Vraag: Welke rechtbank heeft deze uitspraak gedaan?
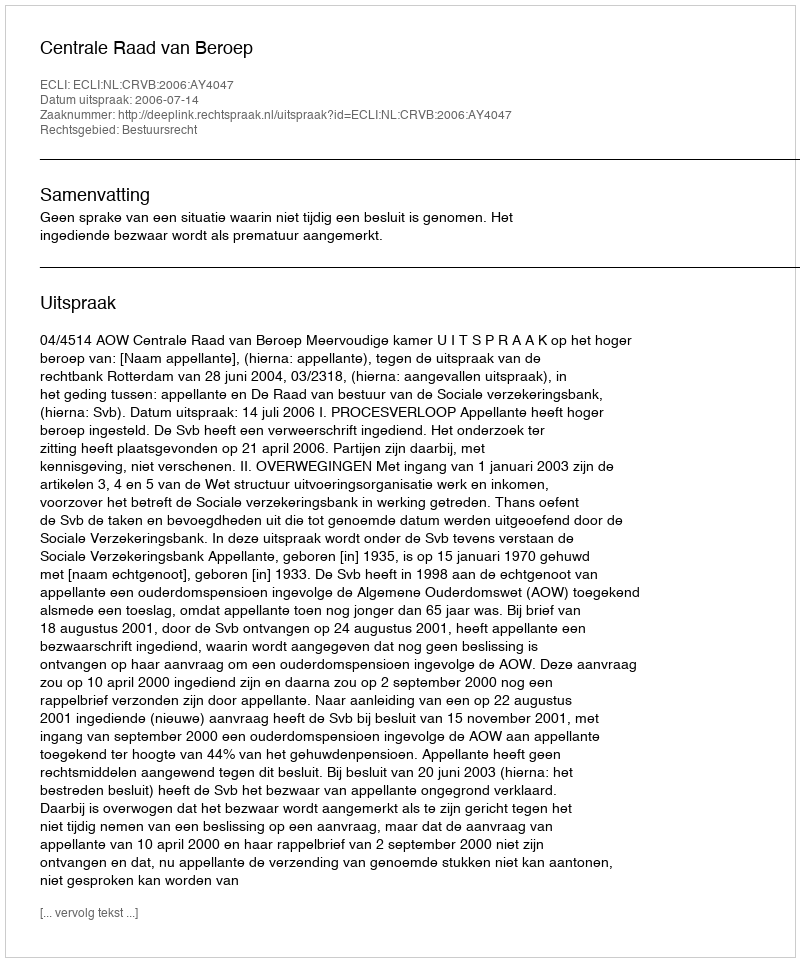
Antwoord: Centrale Raad van Beroep